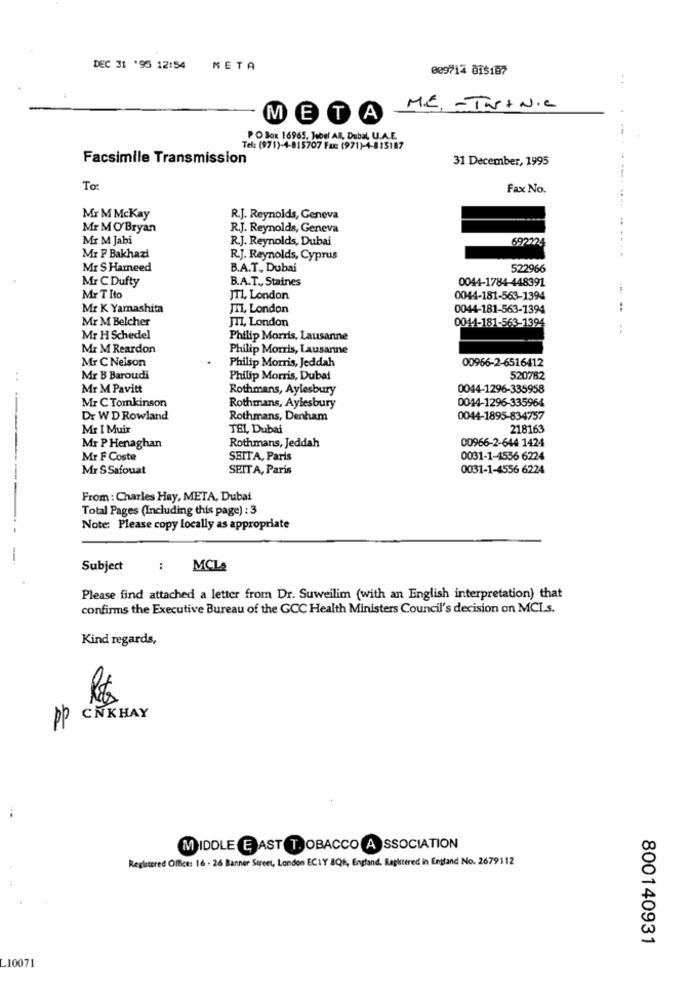
DEC 31 '95 12:54
META
009714 815187
M.C. - TastNIC
META
PO Box 16965, Jebel AN, Dubal, U.A.E.
Tel: (971)-4-815707 Fuc (971)-4-815187
Facsimile Transmission
31 December, 1995
To:
Fax No.
Mr M Mckay
R.J. Reynolds, Geneva
Mr M O'Bryan
R.J. Reynolds, Geneva
Mr M Jabi
R.J. Reynolds, Dubai
692224
.. ....
Mr P Bakhazi
R.J. Reynolds, Cyprus
Mr S Hamneed
B.A.T ., Dubai
522966
Mr C Dufty
B.A.T ., Staines
0044-1784-448391
Mr T Ito
JT1, London
0044-181-563-1394
Mr K Yamashita
JIL, London
0044-181-563-1394
..
Mr M Belcher
JTI, London
0011-181-563-1394
:
Mr H Schedel
Philip Morris, Lausanne
Mr M Reardon
Philip Morris, Lausanne
Mr C Nelson
Philip Morris, Jeddah
00966-2-6516412
Mr B Baroudi
Philip Morris, Dubai
520782
Mr M Pavitt
Rothmans, Aylesbury
0044-1296-335958
Mr C Tomkinson
0044-1296-335964
Rothmans, Aylesbury
Dr WD Rowland
Rothmans, Denham
0044-1895-834757
Mr I Muir
TEL Dubai
218163
00966-2-644 1424
Mr P Henaghan
Rothmans, Jeddah
Mr F Coste
SEITA, Paris
0031-1-4556 6224
Mr SSafouat
SEIT A, Paris
0031-1-4556 6224
From : Charles Hay, META, Dubai
Total Pages (Including this page) : 3
Note: Please copy locally as appropriate
Subject
: MCL&
..
Please find attached a letter from Dr. Suweilim (with an English interpretation) that
confirms the Executive Bureau of the GCC Health Ministers Council's decision on MCLs.
Kind regards,
R$
pp CNKHAY
MIDDLE EAST TOBACCO A SSOCIATION
Registered Office: 16 - 26 Banner Street, London ECIY 8QE, England. Registered in England No. 2679112
800140931
L10071